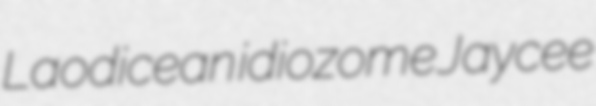
Laodicean idiozome Jaycee